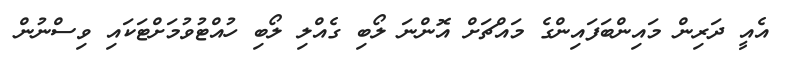
އެއީ ދަރިން މައިންބަފައިންގެ މައްޗަށް އޮންނަ ލޯބި ގެއްލި ލޯބި ހުއްޓުވުމަށްޓަކައި ވިސްނުން